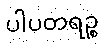
ပါပတရဉ္စ